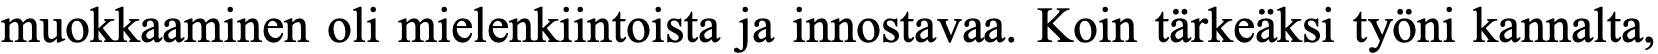
muokkaaminen oli mielenkiintoista ja innostavaa. Koin tärkeäksi työni kannalta,